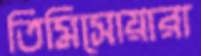
তিমিসোয়ারা